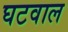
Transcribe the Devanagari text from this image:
घटवाल